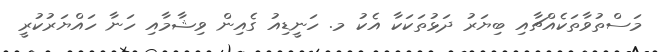
މަސްތުވާތަކެއްޗާއި ބިޔަރު ދަޅުތަކަކާ އެކު މ. ހަނީޑިއު ގެއިން ވިޝާމާއި ހަނާ ހައްޔަރުކުރީ